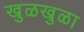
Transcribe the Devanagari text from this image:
खुळखुळा